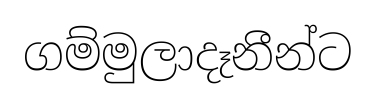
ගම්මුලාදෑනීන්ට